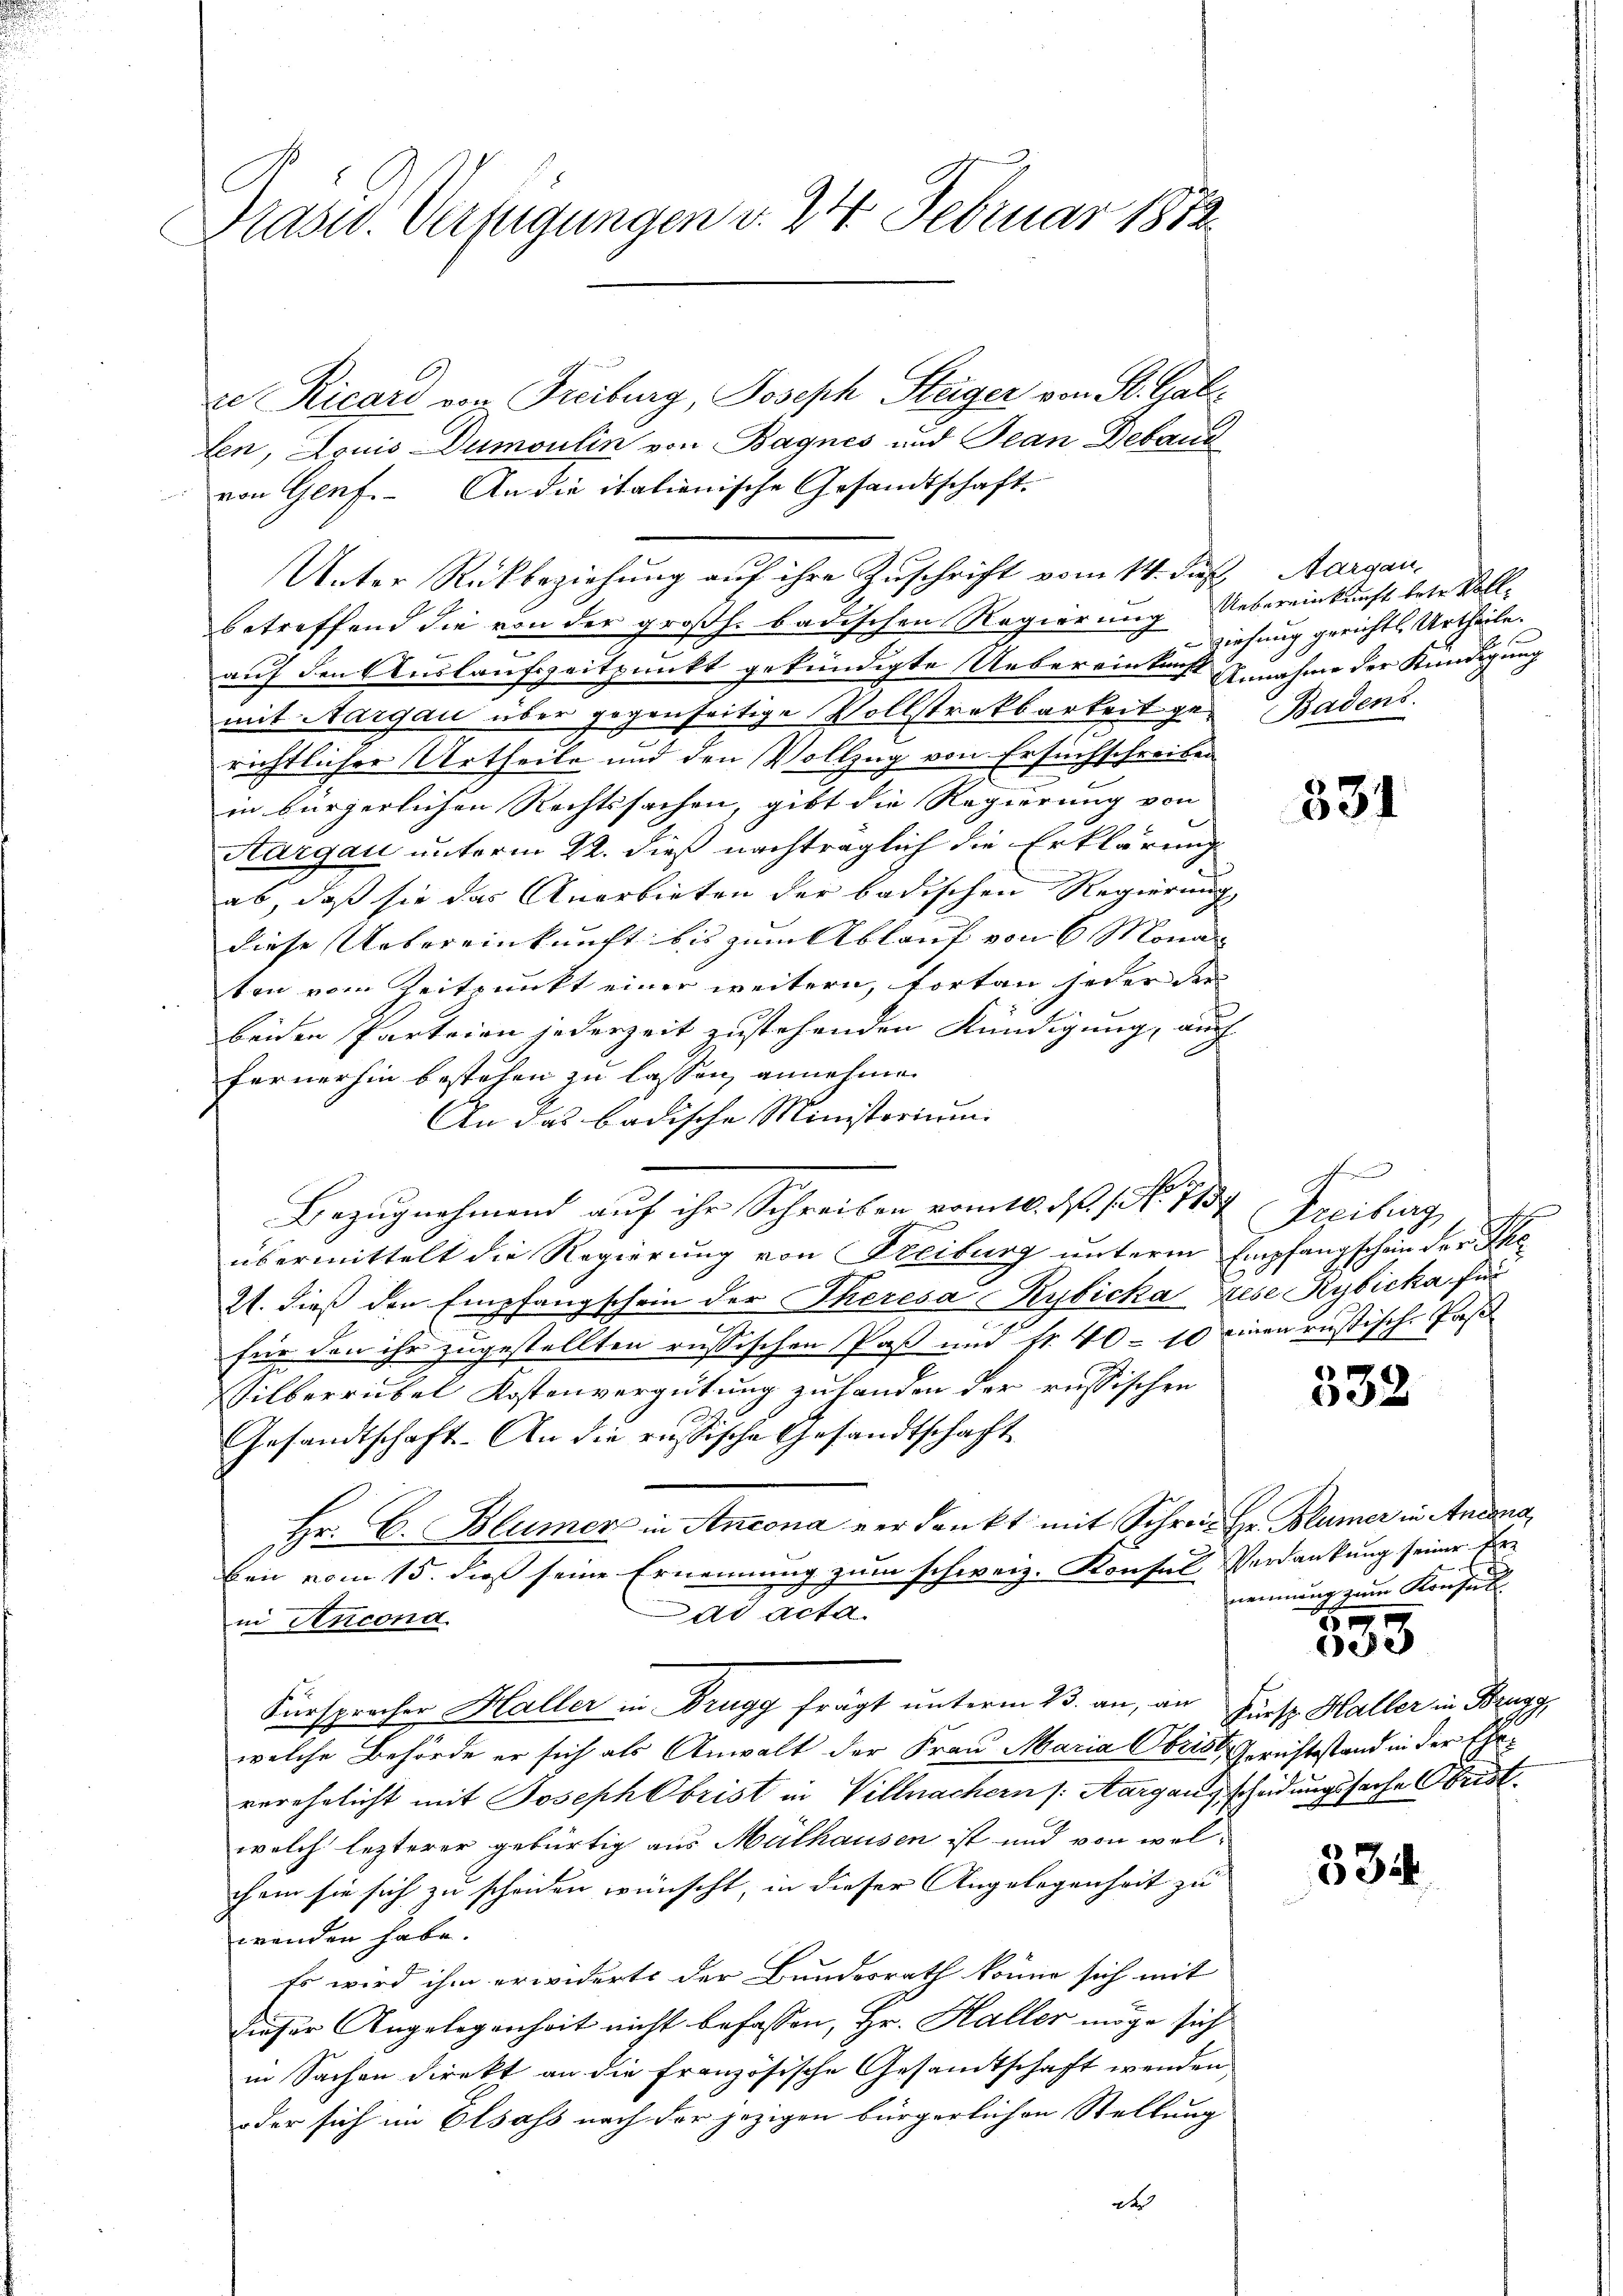
Präsid. Verfügungen v. 24. Februar 1872

re Ricard von Freiburg, Joseph Steiger von St. Gall
len, Louis Dumoulin von Bagnes und Jean Deband
von Genf. An die italienische Gesandtschaft.
betreffend die von der großh. badischen Regierung Uebereinkunft betr. Voll-
t
auf den Auslaufszeitpunkt gekündigte Uebereinkunft Annahme der Kündigung
mit Aargau über gegenseitige Vollstrekbarkeit gerichtlicher Urtheile und den Vollzug von Ersuchschreiben
in bürgerlichen Rechtssachen, gibt die Regierung von
Aargau unterm 22. dieß nachträglich die Erklärung
ab, daß sie das Anerbieten der badischen Regierung
diese Uebereinkunft bis zum Ablauf von 6 Mona
ten vom Zeitpunkt einer weitern, fortan jeder der
beiden Parteien jederzeit zustehenden Kündigung, auch
Fernerhin bestehen zu lassen annehmen
An das badische Ministorium.
übermittelt die Regierung von Freiburg unterm Empfangschein der Ge
21. dieß den Empfangschein der Theresa Rybicka, Else Rybicka für
für den ihr zugestellten russischen Paß und Nr. 40 - 10 einen russische Past
Wilberrübel Kostenvergütung zu handen der russischen
Gesandtschaft. An die russische Gesandtschaft
Hr. C. Blümer in Ancona verdankt mit Schreie Hr. Blümer in Anlang
ben vom 15. dieß seine Ernennung zum schweiz. Konsul Verdankung seiner Erad acta.
in Ancond
Fürsprocher Haller in Drugg fragt unterm 23. an, an Fürst Haller in Brugg,
welche Behörde er sich als Anwalt der Frau Maria Obris, Gerichtstand in der Eheverehelicht mit Joseph Obrist in Villnachern /: Margangscheidungssache Obrist.
welch lezterer gebürtig aus Mülhausen ist und von wel-
chem sie sich zu scheiden wünscht, in dieser Angelegenheit zu
wenden habe.
Es wird ihm erwiderte der Bundesrath könne sich mit
dieser Angelegenheit nicht befassen, Hr. Haller möge sich
in Sachen direkt an die französische Gesamtschaft wenden
oder sich im Elsass nach der jezigen bürgerlichen Stellung
des

Bezugnehmend auf ihr Schreiben vom 10. d. 1. No. 1137 Freiburg,

Unter Rückbeziehung auf ihre Zuschrift vom 14. Fuß Aargau,

ziehung gerichts Urtheile.
Badens.

334

Fr

335

nemmung zum Konsen

4
ee

334